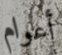
أعوام